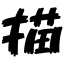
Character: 描